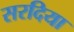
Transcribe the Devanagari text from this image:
सरदिया